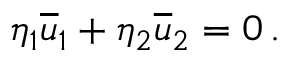
\eta _ { 1 } { \overline { { u } } } _ { 1 } + \eta _ { 2 } { \overline { { u } } } _ { 2 } = 0 \, .